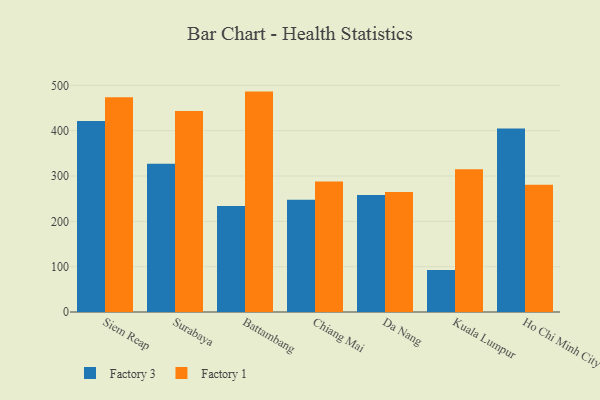
{"axis": {"x": "City", "y": "Demand Index"}, "legend": ["Factory 1", "Factory 3"], "data": [{"x": "Siem Reap", "y": 421.6, "type": "Factory 3"}, {"x": "Siem Reap", "y": 473.5, "type": "Factory 1"}, {"x": "Surabaya", "y": 327.3, "type": "Factory 3"}, {"x": "Surabaya", "y": 443.2, "type": "Factory 1"}, {"x": "Battambang", "y": 233.8, "type": "Factory 3"}, {"x": "Battambang", "y": 486.2, "type": "Factory 1"}, {"x": "Chiang Mai", "y": 247.8, "type": "Factory 3"}, {"x": "Chiang Mai", "y": 287.7, "type": "Factory 1"}, {"x": "Da Nang", "y": 257.9, "type": "Factory 3"}, {"x": "Da Nang", "y": 264.5, "type": "Factory 1"}, {"x": "Kuala Lumpur", "y": 92.9, "type": "Factory 3"}, {"x": "Kuala Lumpur", "y": 314.8, "type": "Factory 1"}, {"x": "Ho Chi Minh City", "y": 404.7, "type": "Factory 3"}, {"x": "Ho Chi Minh City", "y": 280.7, "type": "Factory 1"}]}